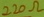
Text: 220Ω